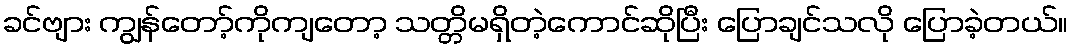
ခင်ဗျား ကျွန်တော့်ကိုကျတော့ သတ္တိမရှိတဲ့ကောင်ဆိုပြီး ပြောချင်သလို ပြောခဲ့တယ်။